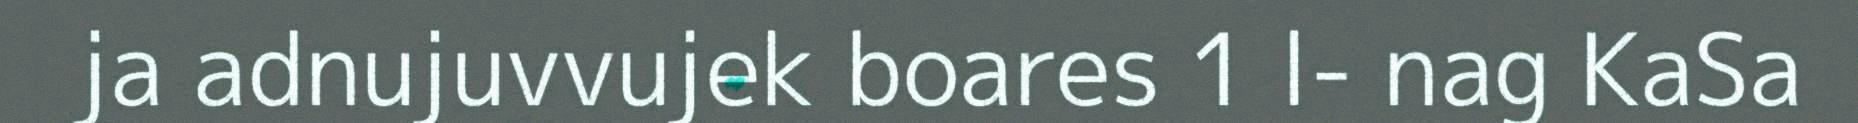
ja adnujuvvujek boares 1 l- nag KaSa